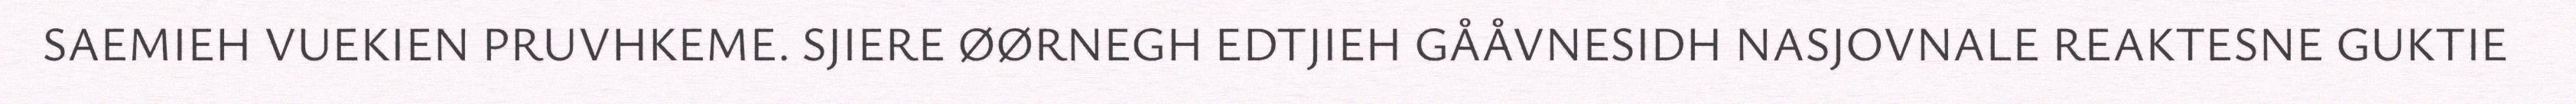
SAEMIEH VUEKIEN PRUVHKEME. SJIERE ØØRNEGH EDTJIEH GÅÅVNESIDH NASJOVNALE REAKTESNE GUKTIE